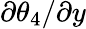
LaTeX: {{\partial\theta_{4}}/{\partial y}}